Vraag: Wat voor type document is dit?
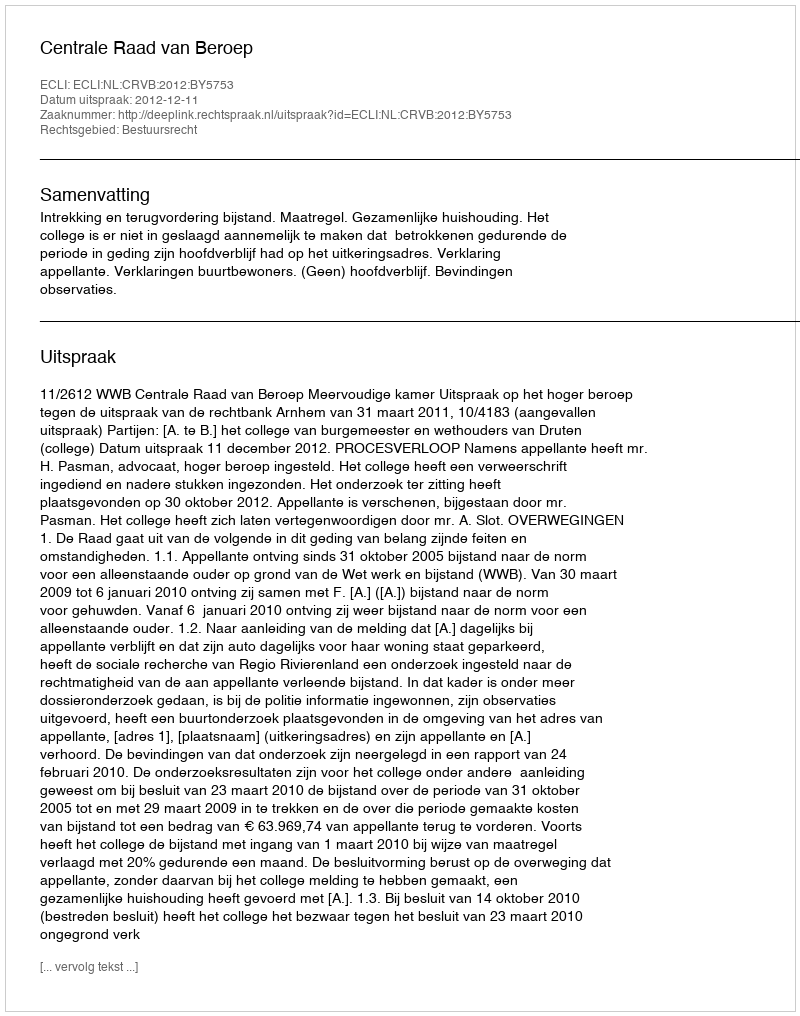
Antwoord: Uitspraak